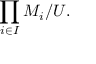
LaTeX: \prod _ { i \in I } M _ { i } / U .